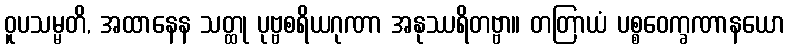
ဝူပသမ္မတိ, အထာနေန သတ္ထု ပုဗ္ဗစရိယဂုဏာ အနုဿရိတဗ္ဗာ။ တတြာယံ ပစ္စဝေက္ခဏာနယော